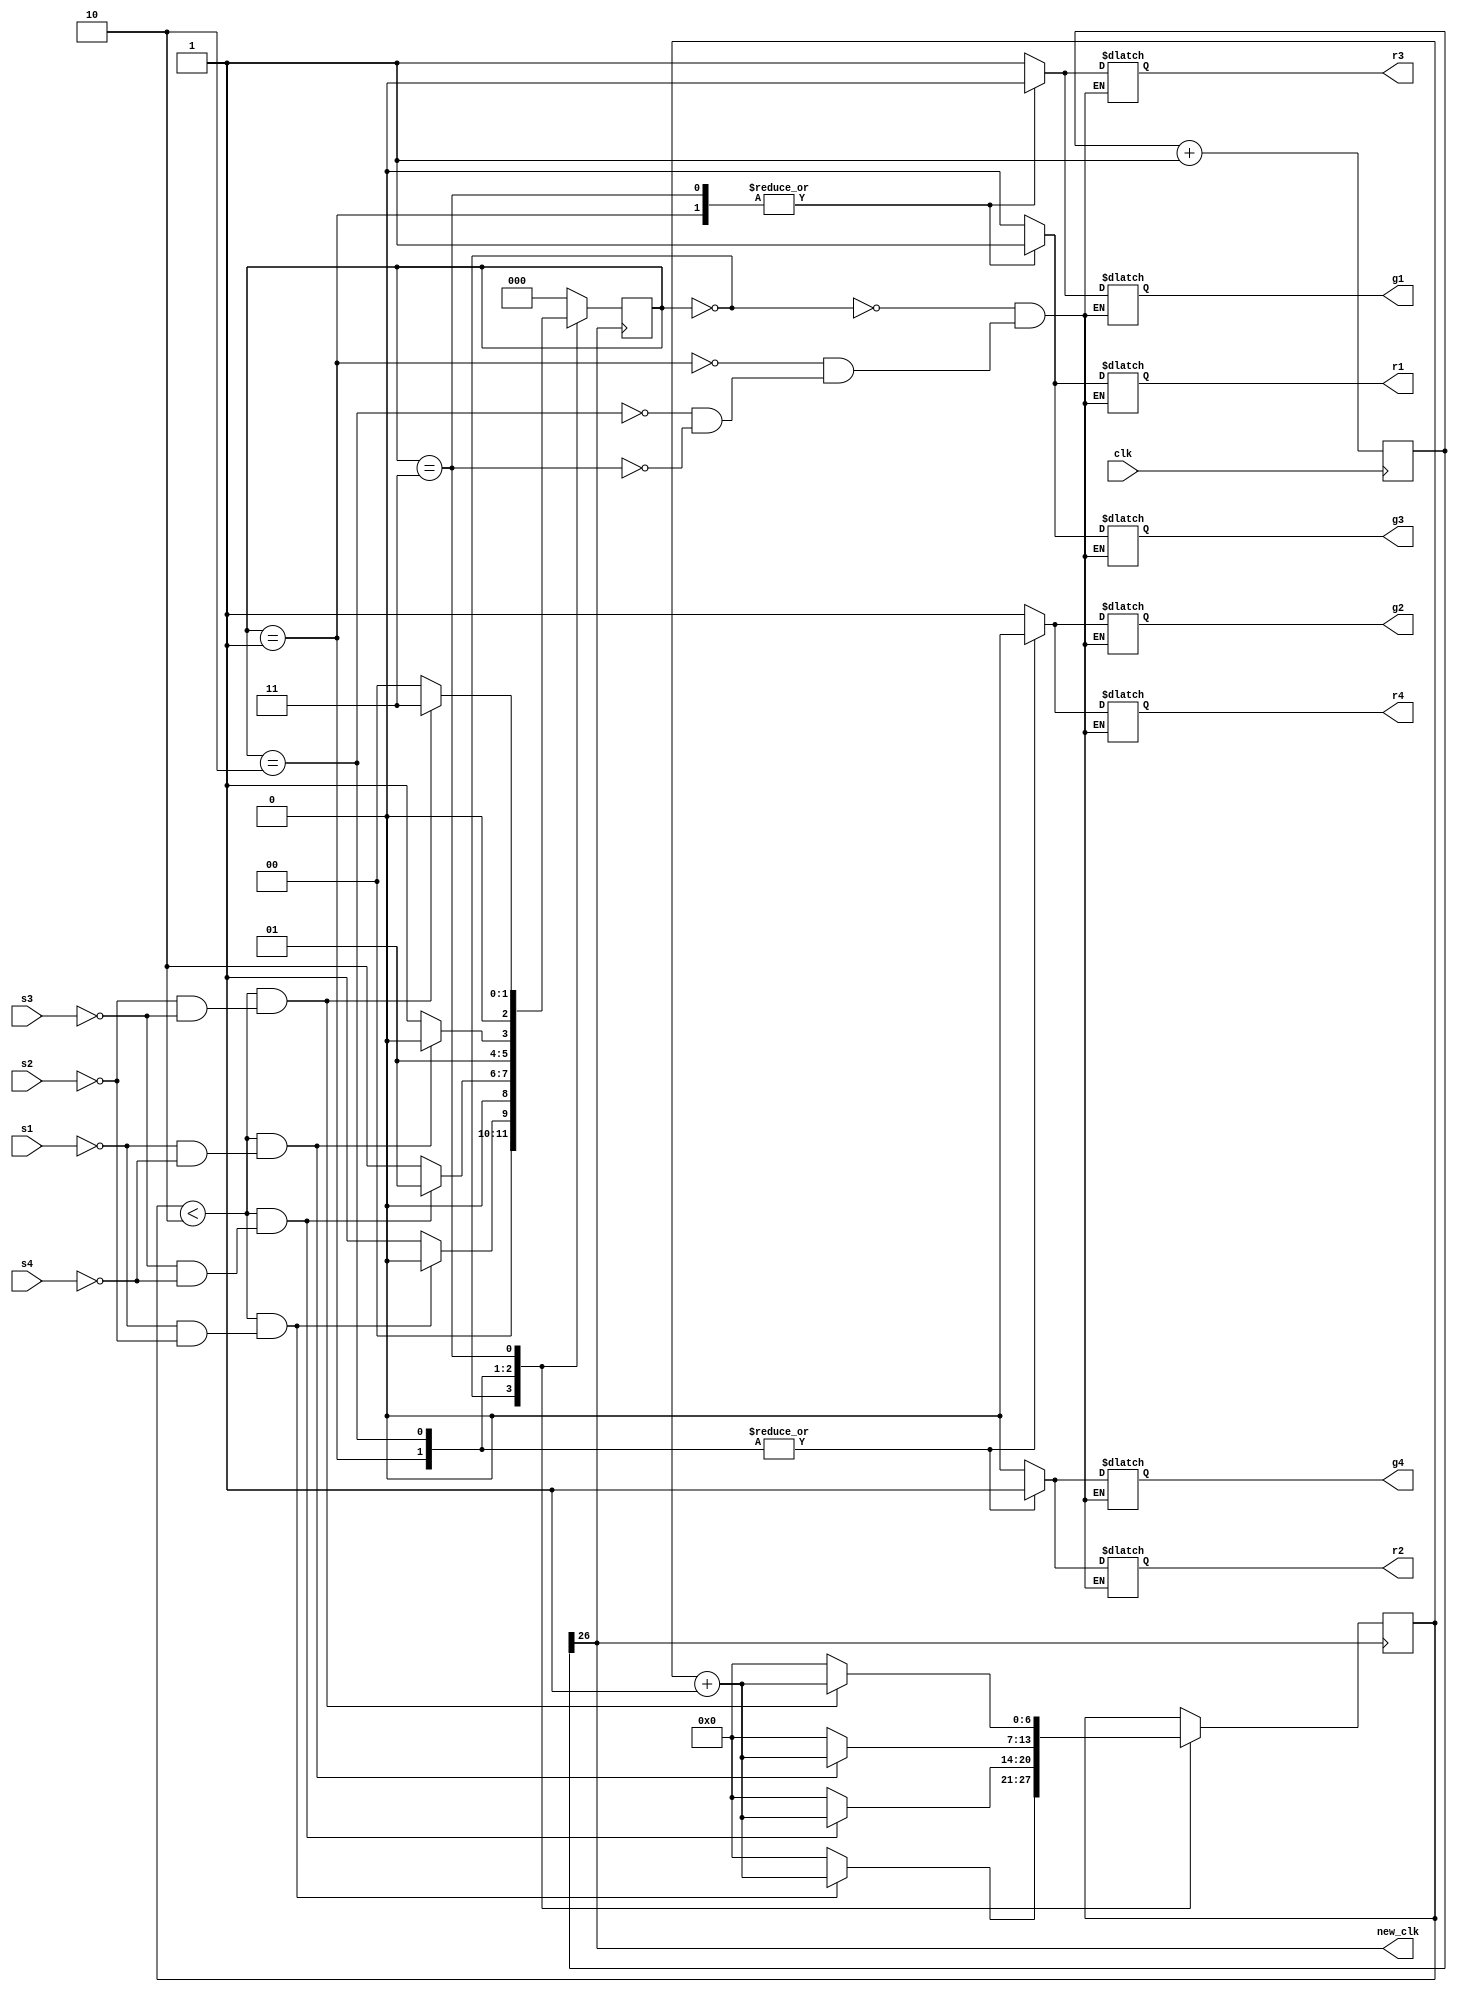
`timescale 1ns / 1ps

//Member 1
//Name: Sarthak Ratnakar Deore 
//Roll_no: B20EE058

//Member 2 
//Name: Uday Bhanu
//Roll_no: B20EE075

module traffic_controller(s1,s2,s3,s4,r1,r2,r3,r4,g1,g2,g3,g4,clk,new_clk); 

input s1,s2,s3,s4;                              //Sensors to detect if road is empty 
input clk;                                      //Input clock 
output reg r1,r2,r3,r4;                         //Red lights for entry roads at the junction
output reg g1,g2,g3,g4;                         //Green lights for exit roads at the junction 
output new_clk;                                   //Clock with frequency 1Hz
parameter S1=0,S2=1,S3=2,S4=3;                  //The states of the FSM
reg [2:0]ps;                                    //Register to store the current state
reg [6:0]timer=0;                             //Register to store timer for next state to come                    


// Frequency divider to bring down clock rate
reg [26:0]count = 0;
assign new_clk = count[26];
always@(posedge clk)
count <= count + 1;

// Updating the states
always@(posedge new_clk)
begin
case(ps)
                S1: if(timer<2 && (s1!=1 && s2!=1))
                        begin 
                            ps<=S1;
                            timer<=timer+1;
                        end
                    else
                        begin
                        ps<=S2;
                        timer<=0;
                        end
                        
                S2: if(timer<2 && (s3!=1 && s4!=1))
                        begin 
                            ps<=S2;
                            timer<=timer+1;
                        end
                    else
                        begin
                        ps<=S3;
                        timer<=0;
                        end
                        
                S3: if(timer<2 && (s1!=1 && s4!=1))
                        begin 
                            ps<=S3;
                            timer<=timer+1;
                        end
                    else
                        begin
                        ps<=S4;
                        timer<=0;
                        end
                        
                 S4: if(timer<2 && (s2!=1 && s3!=1))
                        begin 
                            ps<=S4;
                            timer<=timer+1;
                        end
                    else
                        begin
                        ps<=S1;
                        timer<=0;
                        end
                 
                 default: ps<=S1;
                endcase
            end 

// Describing the states
always@(ps)    
          begin
                
                case(ps)
                     
                    S1:
                    begin
                       r1<=0;g1<=1;
                       r2<=0;g2<=1;
                       r3<=1;g3<=0;
                       r4<=1;g4<=0;
                    end
                    S2:
                    begin 
                       r1<=1;g1<=0;
                       r2<=1;g2<=0;
                       r3<=0;g3<=1;
                       r4<=0;g4<=1;
                    end
                    S3:
                    begin
                       r1<=0;g1<=1;
                       r2<=1;g2<=0;
                       r3<=1;g3<=0;
                       r4<=0;g4<=1;
                    end
                    S4:
                    begin
                       r1<=1;g1<=0;
                       r2<=0;g2<=1;
                       r3<=0;g3<=1;
                       r4<=1;g4<=0;
                    end
            endcase
      end
endmodule